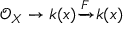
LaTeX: { \mathcal { O } } _ { X } \to k ( x ) { \xrightarrow { \overset { } { F } } } k ( x )